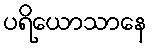
ပရိယောသာနေ